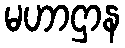
မဟာဌာန